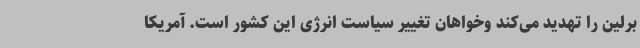
برلین را تهدید می‌کند وخواهان تغییر سیاست انرژی این کشور است. آمریکا